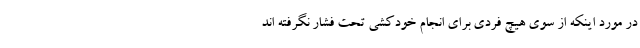
در مورد اینکه از سوی هیچ فردی برای انجام خودکشی تحت فشار نگرفته اند